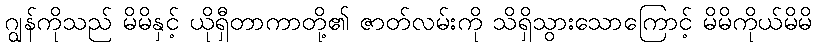
ဂျွန်ကိုသည် မိမိနှင့် ယိုရှီတာကာတို့၏ ဇာတ်လမ်းကို သိရှိသွားသောကြောင့် မိမိကိုယ်မိမိ